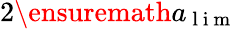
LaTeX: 2\ensuremath{a_{\mathrm{~l~i~m~}}}